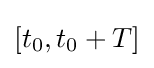
[t_{0},t_{0}+T]